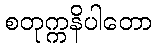
စတုက္ကနိပါတော